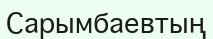
Сарымбаевтың